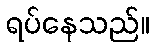
ရပ်နေသည်။